Report of the Indian Hemp Drugs Commission, 1894-1895 - Volume VII
Year: 1894
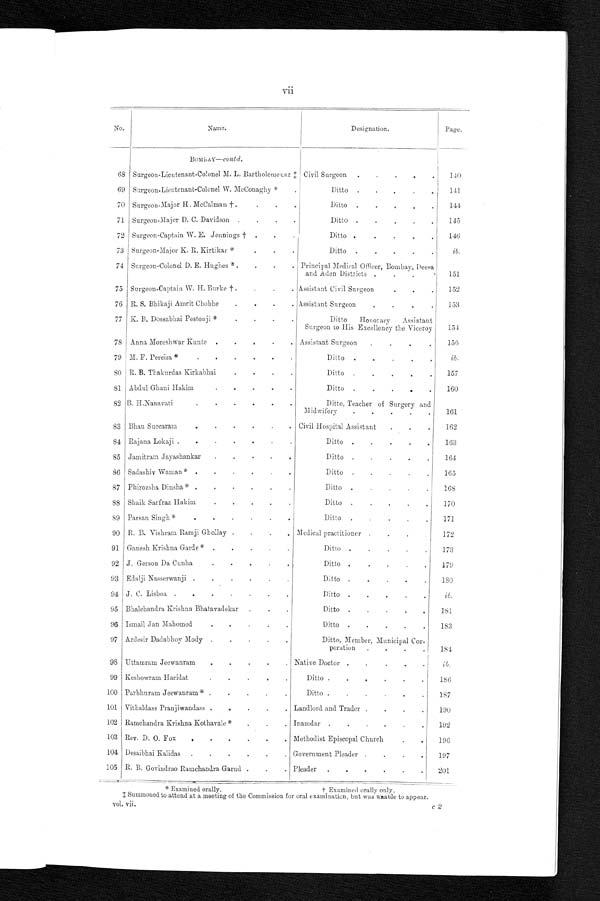
* Examined orally.
† Examined orally only,
vii
No.
Name.
Desìgnation.
Page.
BOMBAY—contd.
68 Surgeon-Lieutenant-Colonel M. L. Bartholomecsz
Civil Surgeon . . .
140
69 Surgeon-Lieutenant-Colonel W. McConaghy * . . .
Ditto . . .
141
70 Surgeon-Major H. McCalman † . . .
Ditto . . .
144
71
Surgeon-Major D. C . Davidson . . .
Ditto . . .
145
72 Surgeon-Captain W. E. Jennings † . . .
Ditto . . .
146
73 Surgeon-Major K. R. Kirtikar* . . .
Ditto . . .
ib.
74 Surgeon-Colonel D. E. Hughes * . . .
Principal Medical Officer, Bombay, Deesa
and Aden Districts . . .
151
75 Surgeon-Captain W. H. Burke † . . .
Assistant Civil Surgeon . . .
152
76 R. S. Bhikaji Amrit Chobhe . . .
Assistant Surgeon . . .
153
77 K. B. Dossabhai Pestonji * . . .
Ditto
Honorary
Assistant
Surgeon to His Excellency the Viceroy
154
78 Anna Moreshwar Kunte . . .
Assistant Surgeon . . .
1 5 6
79 M. F. Pereira * . . .
Ditto . . .
ib.
80 R. B . Thakurdas Kirkabhai . . .
Ditto . . .
157
81 Abdul Ghani Hakim . . .
Ditto . . .
160
82 B. H.Nanavati . . .
Ditto, Teacher of Surgery and
Midwifory . . .
1 6 1
83 Bhau Succaram . . .
Civil Hospital Assistant . . .
162
84 Rajana Lokaji . . .
Ditto . . .
163
85 Jamitram Jayashankar . . .
Ditto . . .
164
86 Sadashiv Waman* . . .
Ditto . . .
165
87 Phirozsha Dinsha* . . .
Ditto . . .
168
88 Shaik Sarfraz Hakim . . .
Ditto . . .
170
89 Parsan Singh* . . .
Ditto . . .
171
90 R. B. Vishram Ramji Ghollay . . .
Medical practitioner.. . .
1 7 2
91 Ganesh Krishna Garde* . . .
Ditto . . .
173
92 J. Gerson Da Cunha . . .
Ditto . . .
179
93 Edalji Nasserwanji . . .
Ditto . . .
180
94 J. C. Lisboa . . .
Ditto . . .
ib.
95 Bhalchandra Krishna Bhatavadekar . . .
Ditto . . .
181
96 Ismail Jan Mahomed . . .
Ditto . . .
183
97 Ardesir Dadabhoy Mody . . .
Ditto, Member, Municipal Cor -
poration . . .
184
9 8 Uttamram Jeewanram . . .
Native Doctor . . .
ib.
99 Keshowram Haridat . . .
Ditto . . .
186
100 Parbhuram Jeewanram* . . .
Ditto . . .
187
101 Vithaldass Pranjiwandass . . .
Landlord and Trader . . .
190
102 Ramchandra Krishna Kothavale* . . .
Inamdar . . .
192
103 Rev. D. O. Fox . . .
Methodist Episcopal Church . . .
196
104 Desaibhai Kalidas . . .
Government Pleader . . .
197
105 R. B. Govindrao Ramchandra Garud . . .
Pleader . . .
201
‡Summoned to attend at a meeting of the Commission for oral examination, but was unable to appear.
vol. vii.
c 2